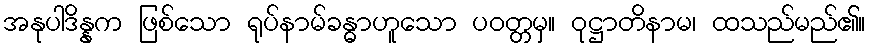
အနုပါဒိန္နက ဖြစ်သော ရုပ်နာမ်ခန္ဓာဟူသော ပဝတ္တမှ။ ဝုဋ္ဌာတိနာမ၊ ထသည်မည်၏။